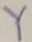
Text: Y